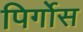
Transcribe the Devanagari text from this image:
पिर्गोस